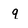
Character: q